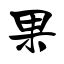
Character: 果